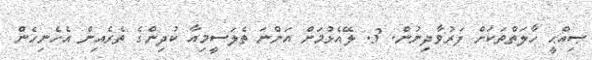
ޞިއްޙީ ހާލަތްތަކަށް ފަރުވާދިނުން. 3. ލޭއެޅުމަށް އަންނަ ތެލަސީމިއާ ކުދިންގެ ތެރެއިން އެހެނިހެން